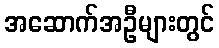
အဆောက်အဦများတွင်